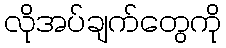
လိုအပ်ချက်တွေကို